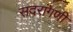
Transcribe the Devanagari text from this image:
सदरांगणी